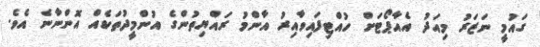
ގައުމީ ނަޒަރު މިއަދު އެއާޕޯޓަށް ހުއްޓިފައިވާއިރު އާންމު ރައްޔިތުންގެ އުންމީދުތަކެއް އޮންނާނެ އެވެ.